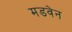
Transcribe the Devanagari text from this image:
मडवेन